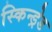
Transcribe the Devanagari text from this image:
स्किन्ड्रेड